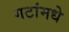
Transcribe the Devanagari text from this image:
गटांमधे